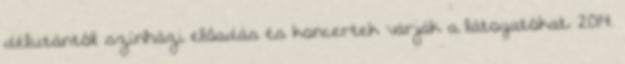
délutántól színházi előadás és koncertek várják a látogatókat. 2014.